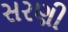
સરણી